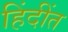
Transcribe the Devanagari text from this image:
हिंदींत